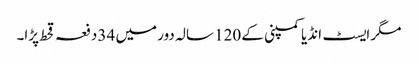
مگر ایسٹ انڈیا کمپنی کے 120 سالہ دور میں 34 دفعہ قحط پڑا۔